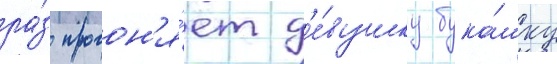
ра́з прогон'я́ет д'е́вушку бука́шку